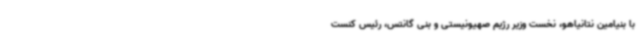
با بنیامین نتانیاهو، نخست وزیر رژیم صهیونیستی و بنی گانتس، رئیس کنست